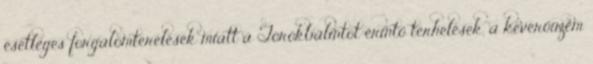
esetleges forgalomterelések miatt a Törökbálintot érintő terhelések, a keverőüzem